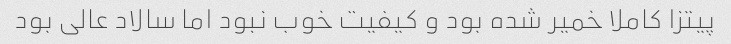
پیتزا کاملا خمیر شده بود و کیفیت خوب نبود اما سالاد عالی بود